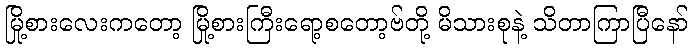
မြို့စားလေးကတော့ မြို့စားကြီးရော့စတော့ဗ်တို့ မိသားစုနဲ့ သိတာကြာပြီနော်